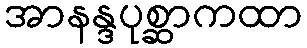
အာနန္ဒပုစ္ဆာကထာ